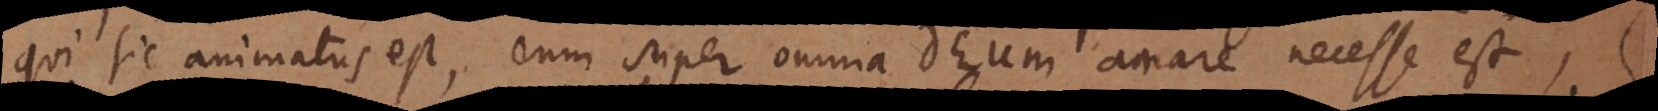
qui sic animatus est, eum super omnia Deum amare necesse est,